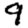
Digit: 9